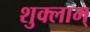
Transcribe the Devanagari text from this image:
शुक्लाम्